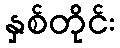
နှစ်တိုင်း